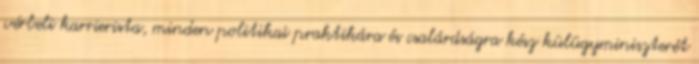
vérbeli karrierista, minden politikai praktikára és csalárdságra kész külügyminiszterét